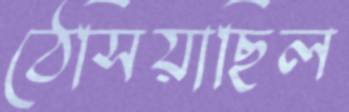
ঠেসিয়াছিল